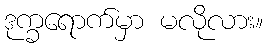
ဒုက္ခရောက်မှာ မလိုလား။